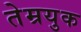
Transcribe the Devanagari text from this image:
तेम्रयुक